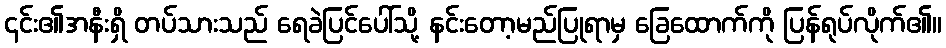
၎င်း၏အနီးရှိ တပ်သားသည် ရေခဲပြင်ပေါ်သို့ နင်းတော့မည်ပြုရာမှ ခြေထောက်ကို ပြန်ရုပ်လိုက်၏။